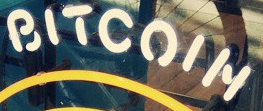
BITCOIN